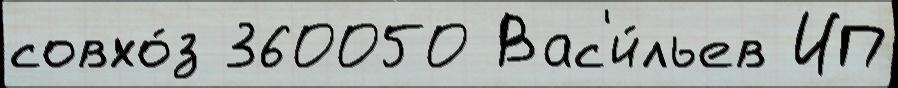
совхо́з 360050 Вас'и́льев ИП